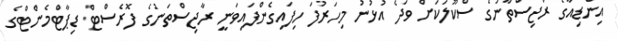
އިންޑިއާގެ ރާޖިސްތާނުގެ ސްކޫލަކަށް ވަދެ އުޅުނު މިހަރުފަ ހިފައިގެންފައިވަނީ ރާޖިސްތަނުގެ ފޮރެސްޓް ޑިޕާޓްމެންޓްގެ